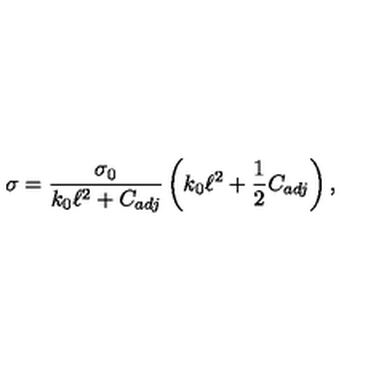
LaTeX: \sigma = \frac { \sigma _ { 0 } } { k _ { 0 } \ell ^ { 2 } + C _ { a d j } } \left( k _ { 0 } \ell ^ { 2 } + \frac { 1 } { 2 } C _ { a d j } \right) ,